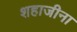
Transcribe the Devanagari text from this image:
शहाजीना